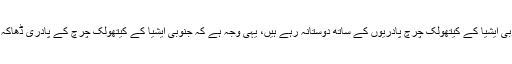
ڈھاکہ کے روابط جنوبی ایشیا کے کیتھولک چرچ پادریوں کے ساتھ دوستانہ رہے ہیں، یہی وجہ ہے کہ جنوبی ایشیا کے کیتھولک چرچ کے پادری ڈھاکہ سفر کرتے رہے ہیں۔